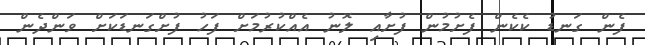
ފެން ގަނޑު ކެކެން ފެށުމުން ފުށާއި ލޮނު އެއްކުރުމަށް ފަހު ފުށްގަނޑަކަށް ވަންދެން